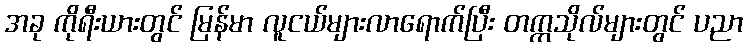
အခု ကိုရီးယားတွင် မြန်မာ လူငယ်များလာရောက်ပြီး တက္ကသိုလ်များတွင် ပညာ